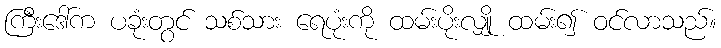
ကြီးဒေါ်က ပခုံးတွင် သစ်သား ရေပုံးကို ထမ်းပိုးလျှို ထမ်း၍ ဝင်လာသည်။